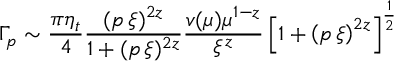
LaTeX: \Gamma _ { p } \sim \frac { \pi \eta _ { t } } { 4 } \frac { ( p \, \xi ) ^ { 2 z } } { 1 + ( p \, \xi ) ^ { 2 z } } \frac { v ( \mu ) \mu ^ { 1 - z } } { \xi ^ { z } } \left[ 1 + \left( p \, \xi \right) ^ { 2 z } \right] ^ { \frac { 1 } { 2 } }